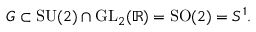
G \subset { \mathrm { S U } } ( 2 ) \cap { \mathrm { G L } } _ { 2 } ( \mathbb { R } ) = { \mathrm { S O } } ( 2 ) = S ^ { 1 } .